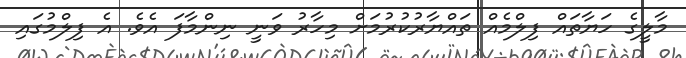
މާލީގެ ހަޔާތައް ފިލްމެއް ތައްޔާރުކުރުމަށް މިހާރު ވަނީ ނިންމާފަ އެވެ. އެ ފިލްމުގައި